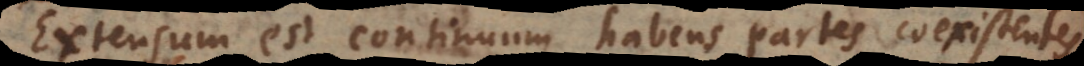
Extensum est continuum habens partes